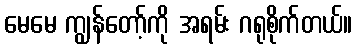
မေမေ ကျွန်တော့်ကို အရမ်း ဂရုစိုက်တယ်။